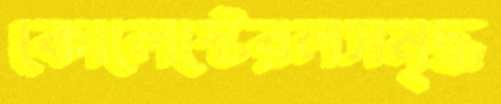
কোলেস্টেরলসমৃদ্ধ